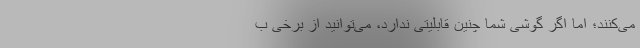
می‌کنند؛ اما اگر گوشی شما چنین قابلیتی ندارد، می‌توانید از برخی ب